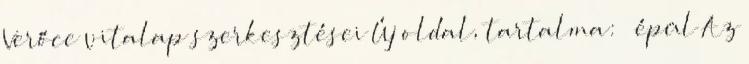
‎Verőce vitalap szerkesztései Új oldal, tartalma: „ épül Az